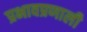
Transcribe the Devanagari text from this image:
प्रभावप्रणाली